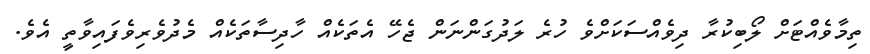
ތިމާވެއްޓަށް ލޯބިކުރާ ދިވެއްސަކަށްވެ ހުރެ ލަދުގަންނަން ޖެހޭ އެތަކެއް ހާދިސާތަކެއް މެދުވެރިވެފައިވާތީ އެވެ.